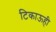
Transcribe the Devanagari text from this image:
टिकाऊही